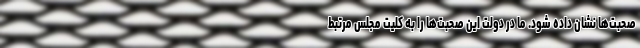
صحبت‌ها نشان داده شود. ما در دولت این صحبت‌ها را به کلیت مجلس مرتبط